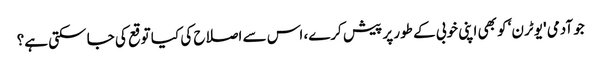
جو آدمی 'یو ٹرن‘ کو بھی اپنی خوبی کے طور پر پیش کرے، اس سے اصلاح کی کیا توقع کی جا سکتی ہے؟